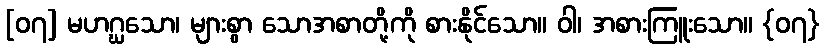
[၀၇] မဟဂ္ဃသော၊ များစွာ သောအစာတို့ကို စားနိုင်သော။ ဝါ၊ အစားကြူးသော။ {၀၇}